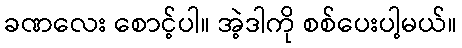
ခဏလေး စောင့်ပါ။ အဲ့ဒါကို စစ်ပေးပါ့မယ်။